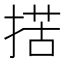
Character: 𢱗